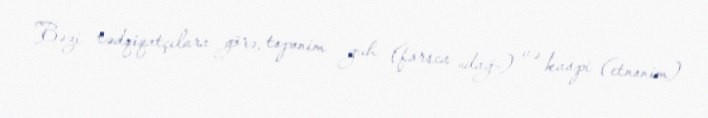
Bəzi tədqiqatçılara görə, toponim guh (farsca «dağ») və kaspi (etnonim)